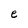
Character: e